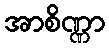
အာစိဏ္ဏာ